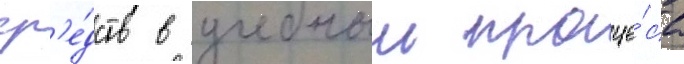
ср'е́дств в учебныи проце́сс